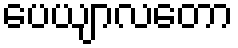
ပေယျာလတော